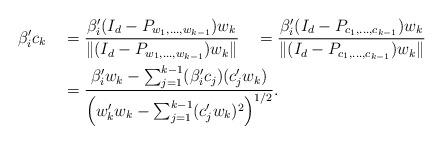
LaTeX: \begin{align*}\beta_i'c_k \quad&=\frac{\beta_i'(I_d-P_{w_1,\ldots,w_{k-1}})w_k}{\|(I_d-P_{w_1,\ldots,w_{k-1}})w_k\|}\quad= \frac{\beta_i'(I_d- P_{c_1,\ldots,c_{k-1}})w_k}{\|(I_d-P_{c_1,\ldots,c_{k-1}})w_k\|}\\&=\frac{\beta_i'w_k-\sum_{j=1}^{k-1}(\beta_i'c_j)(c_j'w_k)}{\left(w_k'w_k-\sum_{j=1}^{k-1}(c_j'w_k)^2\right)^{1/2}}.\end{align*}